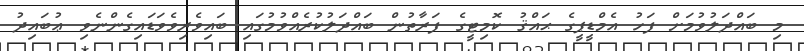
މި ބައްދަލުވުމަށް ފަހު އެމްޑީޕީގެ ޙައްޤު ކޮމިޓީގެ ފަރާތުން ބައްދަލުކުރެއްވުމުގައި ބައިވެރިވެވަޑައިގެންނެވި ޢުބައިދު